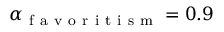
\alpha _ { \mathrm { ~ f ~ a ~ v ~ o ~ r ~ i ~ t ~ i ~ s ~ m ~ } } = 0 . 9